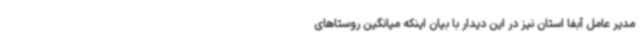
مدیر عامل آبفا استان نیز در این دیدار با بیان اینکه میانگین روستاهای